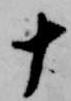
十